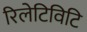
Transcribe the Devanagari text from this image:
रिलेटिविटि